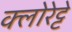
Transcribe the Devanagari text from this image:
क्‍लोरेट्टे